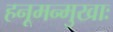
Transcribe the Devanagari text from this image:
हनूमन्मुखाः